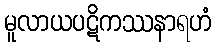
မူလာယပဋိကဿနာရဟံ